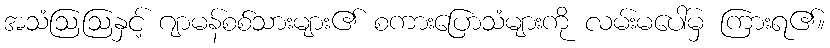
အသံဩဩနှင့် ဂျာမန်စစ်သားများ၏ စကားပြောသံများကို လမ်းမပေါ်မှ ကြားရ၏။